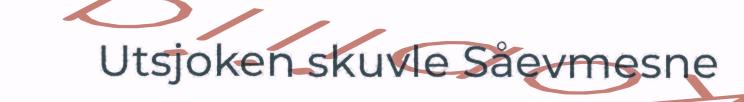
Utsjoken skuvle Såevmesne